Report of the Bombay Veterinary College
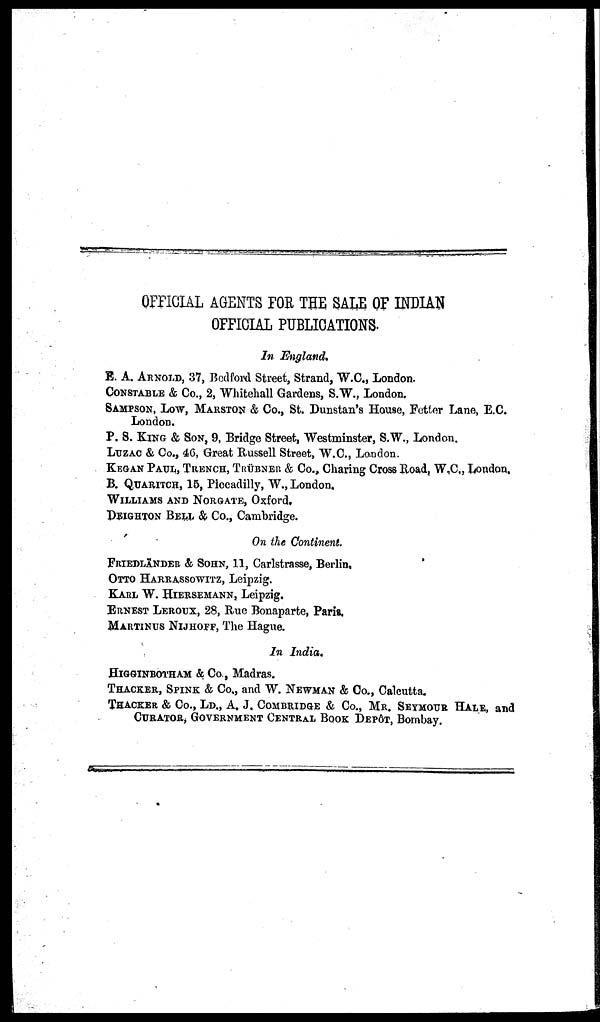
OFFICIAL AGENTS FOR THE SALE OF INDIAN
OFFICIAL PUBLICATIONS.
In England.
E. A. ARNOLD, 37, Bedford Street, Strand, W.C., London.
CONSTABLE & Co., 2, Whitehall Gardens, S.W., London.
SAMPSON, LOW, MARSTON & Co., St. Dunstan's House, Fetter Lane, E.C.
London.
P. S. KING & SON, 9, Bridge Street, Westminster, S.W., London.
LUZAC & Co., 46, Great Russell Street, W.C., London.
KEGAN PAUL, TRENCH, TRÜBNER & Co., Charing Cross Road, W.C., London.
B. QUARITCH, 15, Piccadilly, W., London.
WILLIAMS AND NORGATE, Oxford.
DEIGHTON BELL & Co., Cambridge.
On the Continent.
FRIEDLÄNDER & SOHN, 11, Carlstrasse, Berlin.
OTTO HARRASSOWITZ, Leipzig.
KARL W. HIERSEMANN, Leipzig.
ERNEST LEROUX, 28, Rue Bonaparte, Paris.
MARTINUS NIJHOFF, The Hague.
In India.
HIGGINBOTHAM & Co., Madras.
THACKER, SPINK & Co., and W. NEWMAN & Co., Calcutta.
THACKER & Co., LD., A. J. COMBRIDGE & Co., MR. SEYMOUR HALE, and
CURATOR, GOVERNMENT CENTRAL BOOK DEPÔT, Bombay.